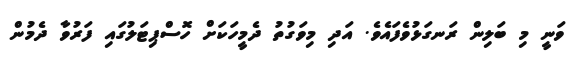
ވަނީ މި ބަލިން ރަނގަޅުވެފައެވެ. އަދި މިވަގުތު ދެމީހަކަށް ހޮސްޕިޓަލުގައި ފަރުވާ ދެމުން